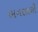
ભનસાળી